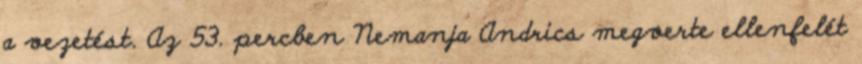
a vezetést. Az 53. percben Nemanja Andrics megverte ellenfelét